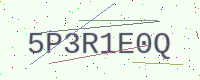
Text: 5P3R1E0Q